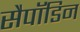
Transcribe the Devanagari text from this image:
सैपॉडिन